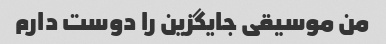
من موسیقی جایگزین را دوست دارم